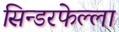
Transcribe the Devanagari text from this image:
सिन्डरफेल्ला